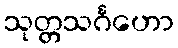
သုတ္တသင်္ဂဟော